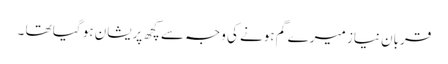
قربان نیاز میرے گم ہونے کی وجہ سے کچھ پریشان ہو گیا تھا ۔